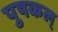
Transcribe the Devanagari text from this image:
पुषकल्